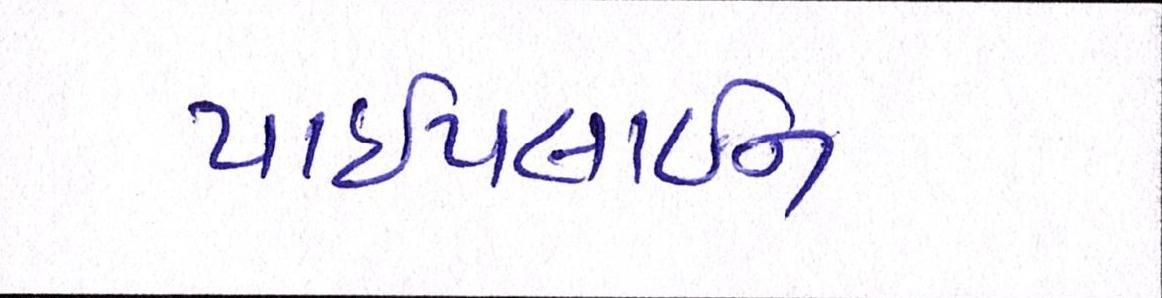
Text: પાઈપલાઈન